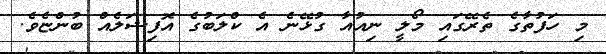
މި ހަފުތާގެ ތެރޭގައި މޯލީ ނިއުއާ ގުޅޭނެ އެ ކްލަބުގެ އޮފިޝަލެއް ބުންޏެވެ.